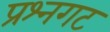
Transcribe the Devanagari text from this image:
प्रश्नगट